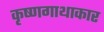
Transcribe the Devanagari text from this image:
कृष्णगाथाकार